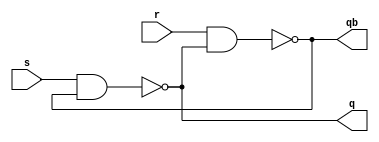
`timescale 1ns / 1ps
// RS Latch is a Bistable Latch 
// Store 1 bit data used for memory storage
module RS_latch_nand(
    input r,s,
    output q,qb
    );
    
    nand g1(q,s,qb);
    nand g2(qb,r,q);
endmodule